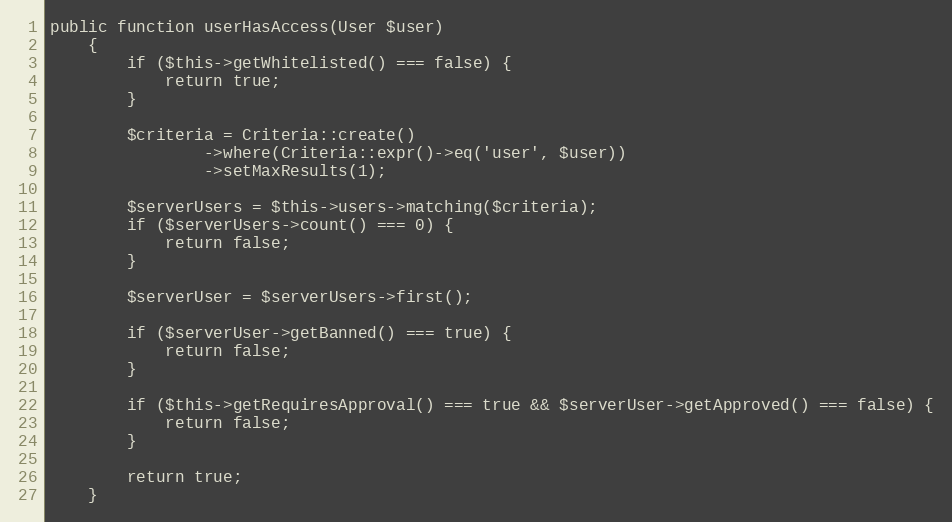
Language: PHP
public function userHasAccess(User $user)
    {
        if ($this->getWhitelisted() === false) {
            return true;
        }

        $criteria = Criteria::create()
                ->where(Criteria::expr()->eq('user', $user))
                ->setMaxResults(1);

        $serverUsers = $this->users->matching($criteria);
        if ($serverUsers->count() === 0) {
            return false;
        }

        $serverUser = $serverUsers->first();

        if ($serverUser->getBanned() === true) {
            return false;
        }

        if ($this->getRequiresApproval() === true && $serverUser->getApproved() === false) {
            return false;
        }

        return true;
    }